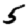
Digit: 5